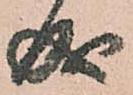
成